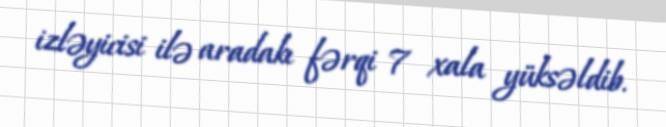
izləyicisi ilə aradakı fərqi 7 xala yüksəldib.